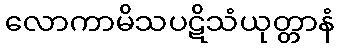
လောကာမိသပဋိသံယုတ္တာနံ